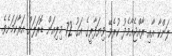
ލަންކާ އާއި ރާއްޖެއާމެދު ކުރެވޭ ވިޔަފާރީގެ އަގު 72 މިލިއަން ޑޮރަލަށް އަރާކަމަށެވެ.